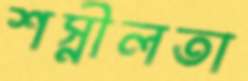
শস্নীলতা